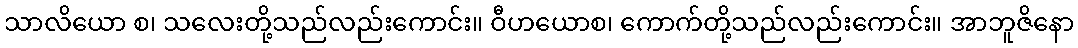
သာလိယော စ၊ သလေးတို့သည်လည်းကောင်း။ ဝီဟယောစ၊ ကောက်တို့သည်လည်းကောင်း။ အာဘူဇိနော